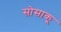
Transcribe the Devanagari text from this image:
सोसाकू